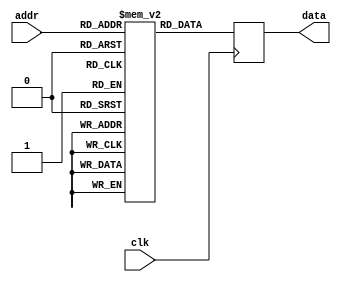
module sinTable(input clk, input [9:0] addr, output reg [15:0] data);
reg [15:0] mem [0:1023];
initial mem[0] = 16'h0;
initial mem[1] = 16'hc9;
initial mem[2] = 16'h192;
initial mem[3] = 16'h25b;
initial mem[4] = 16'h324;
initial mem[5] = 16'h3ed;
initial mem[6] = 16'h4b6;
initial mem[7] = 16'h57e;
initial mem[8] = 16'h647;
initial mem[9] = 16'h710;
initial mem[10] = 16'h7d9;
initial mem[11] = 16'h8a1;
initial mem[12] = 16'h96a;
initial mem[13] = 16'ha32;
initial mem[14] = 16'hafb;
initial mem[15] = 16'hbc3;
initial mem[16] = 16'hc8b;
initial mem[17] = 16'hd53;
initial mem[18] = 16'he1b;
initial mem[19] = 16'hee3;
initial mem[20] = 16'hfab;
initial mem[21] = 16'h1072;
initial mem[22] = 16'h1139;
initial mem[23] = 16'h1200;
initial mem[24] = 16'h12c7;
initial mem[25] = 16'h138e;
initial mem[26] = 16'h1455;
initial mem[27] = 16'h151b;
initial mem[28] = 16'h15e1;
initial mem[29] = 16'h16a7;
initial mem[30] = 16'h176d;
initial mem[31] = 16'h1833;
initial mem[32] = 16'h18f8;
initial mem[33] = 16'h19bd;
initial mem[34] = 16'h1a82;
initial mem[35] = 16'h1b46;
initial mem[36] = 16'h1c0b;
initial mem[37] = 16'h1ccf;
initial mem[38] = 16'h1d93;
initial mem[39] = 16'h1e56;
initial mem[40] = 16'h1f19;
initial mem[41] = 16'h1fdc;
initial mem[42] = 16'h209f;
initial mem[43] = 16'h2161;
initial mem[44] = 16'h2223;
initial mem[45] = 16'h22e4;
initial mem[46] = 16'h23a6;
initial mem[47] = 16'h2467;
initial mem[48] = 16'h2527;
initial mem[49] = 16'h25e7;
initial mem[50] = 16'h26a7;
initial mem[51] = 16'h2767;
initial mem[52] = 16'h2826;
initial mem[53] = 16'h28e5;
initial mem[54] = 16'h29a3;
initial mem[55] = 16'h2a61;
initial mem[56] = 16'h2b1e;
initial mem[57] = 16'h2bdb;
initial mem[58] = 16'h2c98;
initial mem[59] = 16'h2d54;
initial mem[60] = 16'h2e10;
initial mem[61] = 16'h2ecc;
initial mem[62] = 16'h2f86;
initial mem[63] = 16'h3041;
initial mem[64] = 16'h30fb;
initial mem[65] = 16'h31b4;
initial mem[66] = 16'h326d;
initial mem[67] = 16'h3326;
initial mem[68] = 16'h33de;
initial mem[69] = 16'h3496;
initial mem[70] = 16'h354d;
initial mem[71] = 16'h3603;
initial mem[72] = 16'h36b9;
initial mem[73] = 16'h376f;
initial mem[74] = 16'h3824;
initial mem[75] = 16'h38d8;
initial mem[76] = 16'h398c;
initial mem[77] = 16'h3a3f;
initial mem[78] = 16'h3af2;
initial mem[79] = 16'h3ba4;
initial mem[80] = 16'h3c56;
initial mem[81] = 16'h3d07;
initial mem[82] = 16'h3db7;
initial mem[83] = 16'h3e67;
initial mem[84] = 16'h3f16;
initial mem[85] = 16'h3fc5;
initial mem[86] = 16'h4073;
initial mem[87] = 16'h4120;
initial mem[88] = 16'h41cd;
initial mem[89] = 16'h4279;
initial mem[90] = 16'h4325;
initial mem[91] = 16'h43d0;
initial mem[92] = 16'h447a;
initial mem[93] = 16'h4523;
initial mem[94] = 16'h45cc;
initial mem[95] = 16'h4674;
initial mem[96] = 16'h471c;
initial mem[97] = 16'h47c3;
initial mem[98] = 16'h4869;
initial mem[99] = 16'h490e;
initial mem[100] = 16'h49b3;
initial mem[101] = 16'h4a57;
initial mem[102] = 16'h4afa;
initial mem[103] = 16'h4b9d;
initial mem[104] = 16'h4c3f;
initial mem[105] = 16'h4ce0;
initial mem[106] = 16'h4d80;
initial mem[107] = 16'h4e20;
initial mem[108] = 16'h4ebf;
initial mem[109] = 16'h4f5d;
initial mem[110] = 16'h4ffa;
initial mem[111] = 16'h5097;
initial mem[112] = 16'h5133;
initial mem[113] = 16'h51ce;
initial mem[114] = 16'h5268;
initial mem[115] = 16'h5301;
initial mem[116] = 16'h539a;
initial mem[117] = 16'h5432;
initial mem[118] = 16'h54c9;
initial mem[119] = 16'h555f;
initial mem[120] = 16'h55f4;
initial mem[121] = 16'h5689;
initial mem[122] = 16'h571d;
initial mem[123] = 16'h57b0;
initial mem[124] = 16'h5842;
initial mem[125] = 16'h58d3;
initial mem[126] = 16'h5963;
initial mem[127] = 16'h59f3;
initial mem[128] = 16'h5a81;
initial mem[129] = 16'h5b0f;
initial mem[130] = 16'h5b9c;
initial mem[131] = 16'h5c28;
initial mem[132] = 16'h5cb3;
initial mem[133] = 16'h5d3d;
initial mem[134] = 16'h5dc6;
initial mem[135] = 16'h5e4f;
initial mem[136] = 16'h5ed6;
initial mem[137] = 16'h5f5d;
initial mem[138] = 16'h5fe2;
initial mem[139] = 16'h6067;
initial mem[140] = 16'h60eb;
initial mem[141] = 16'h616e;
initial mem[142] = 16'h61f0;
initial mem[143] = 16'h6271;
initial mem[144] = 16'h62f1;
initial mem[145] = 16'h6370;
initial mem[146] = 16'h63ee;
initial mem[147] = 16'h646b;
initial mem[148] = 16'h64e7;
initial mem[149] = 16'h6562;
initial mem[150] = 16'h65dd;
initial mem[151] = 16'h6656;
initial mem[152] = 16'h66ce;
initial mem[153] = 16'h6745;
initial mem[154] = 16'h67bc;
initial mem[155] = 16'h6831;
initial mem[156] = 16'h68a5;
initial mem[157] = 16'h6919;
initial mem[158] = 16'h698b;
initial mem[159] = 16'h69fc;
initial mem[160] = 16'h6a6c;
initial mem[161] = 16'h6adb;
initial mem[162] = 16'h6b4a;
initial mem[163] = 16'h6bb7;
initial mem[164] = 16'h6c23;
initial mem[165] = 16'h6c8e;
initial mem[166] = 16'h6cf8;
initial mem[167] = 16'h6d61;
initial mem[168] = 16'h6dc9;
initial mem[169] = 16'h6e30;
initial mem[170] = 16'h6e95;
initial mem[171] = 16'h6efa;
initial mem[172] = 16'h6f5e;
initial mem[173] = 16'h6fc0;
initial mem[174] = 16'h7022;
initial mem[175] = 16'h7082;
initial mem[176] = 16'h70e1;
initial mem[177] = 16'h7140;
initial mem[178] = 16'h719d;
initial mem[179] = 16'h71f9;
initial mem[180] = 16'h7254;
initial mem[181] = 16'h72ae;
initial mem[182] = 16'h7306;
initial mem[183] = 16'h735e;
initial mem[184] = 16'h73b5;
initial mem[185] = 16'h740a;
initial mem[186] = 16'h745e;
initial mem[187] = 16'h74b1;
initial mem[188] = 16'h7503;
initial mem[189] = 16'h7554;
initial mem[190] = 16'h75a4;
initial mem[191] = 16'h75f3;
initial mem[192] = 16'h7640;
initial mem[193] = 16'h768d;
initial mem[194] = 16'h76d8;
initial mem[195] = 16'h7722;
initial mem[196] = 16'h776b;
initial mem[197] = 16'h77b3;
initial mem[198] = 16'h77f9;
initial mem[199] = 16'h783f;
initial mem[200] = 16'h7883;
initial mem[201] = 16'h78c6;
initial mem[202] = 16'h7908;
initial mem[203] = 16'h7949;
initial mem[204] = 16'h7989;
initial mem[205] = 16'h79c7;
initial mem[206] = 16'h7a04;
initial mem[207] = 16'h7a41;
initial mem[208] = 16'h7a7c;
initial mem[209] = 16'h7ab5;
initial mem[210] = 16'h7aee;
initial mem[211] = 16'h7b25;
initial mem[212] = 16'h7b5c;
initial mem[213] = 16'h7b91;
initial mem[214] = 16'h7bc4;
initial mem[215] = 16'h7bf7;
initial mem[216] = 16'h7c29;
initial mem[217] = 16'h7c59;
initial mem[218] = 16'h7c88;
initial mem[219] = 16'h7cb6;
initial mem[220] = 16'h7ce2;
initial mem[221] = 16'h7d0e;
initial mem[222] = 16'h7d38;
initial mem[223] = 16'h7d61;
initial mem[224] = 16'h7d89;
initial mem[225] = 16'h7db0;
initial mem[226] = 16'h7dd5;
initial mem[227] = 16'h7df9;
initial mem[228] = 16'h7e1c;
initial mem[229] = 16'h7e3e;
initial mem[230] = 16'h7e5e;
initial mem[231] = 16'h7e7e;
initial mem[232] = 16'h7e9c;
initial mem[233] = 16'h7eb9;
initial mem[234] = 16'h7ed4;
initial mem[235] = 16'h7eef;
initial mem[236] = 16'h7f08;
initial mem[237] = 16'h7f20;
initial mem[238] = 16'h7f37;
initial mem[239] = 16'h7f4c;
initial mem[240] = 16'h7f61;
initial mem[241] = 16'h7f74;
initial mem[242] = 16'h7f86;
initial mem[243] = 16'h7f96;
initial mem[244] = 16'h7fa6;
initial mem[245] = 16'h7fb4;
initial mem[246] = 16'h7fc1;
initial mem[247] = 16'h7fcd;
initial mem[248] = 16'h7fd7;
initial mem[249] = 16'h7fe0;
initial mem[250] = 16'h7fe8;
initial mem[251] = 16'h7fef;
initial mem[252] = 16'h7ff5;
initial mem[253] = 16'h7ff9;
initial mem[254] = 16'h7ffc;
initial mem[255] = 16'h7ffe;
initial mem[256] = 16'h7fff;
initial mem[257] = 16'h7ffe;
initial mem[258] = 16'h7ffc;
initial mem[259] = 16'h7ff9;
initial mem[260] = 16'h7ff5;
initial mem[261] = 16'h7fef;
initial mem[262] = 16'h7fe8;
initial mem[263] = 16'h7fe0;
initial mem[264] = 16'h7fd7;
initial mem[265] = 16'h7fcd;
initial mem[266] = 16'h7fc1;
initial mem[267] = 16'h7fb4;
initial mem[268] = 16'h7fa6;
initial mem[269] = 16'h7f96;
initial mem[270] = 16'h7f86;
initial mem[271] = 16'h7f74;
initial mem[272] = 16'h7f61;
initial mem[273] = 16'h7f4c;
initial mem[274] = 16'h7f37;
initial mem[275] = 16'h7f20;
initial mem[276] = 16'h7f08;
initial mem[277] = 16'h7eef;
initial mem[278] = 16'h7ed4;
initial mem[279] = 16'h7eb9;
initial mem[280] = 16'h7e9c;
initial mem[281] = 16'h7e7e;
initial mem[282] = 16'h7e5e;
initial mem[283] = 16'h7e3e;
initial mem[284] = 16'h7e1c;
initial mem[285] = 16'h7df9;
initial mem[286] = 16'h7dd5;
initial mem[287] = 16'h7db0;
initial mem[288] = 16'h7d89;
initial mem[289] = 16'h7d61;
initial mem[290] = 16'h7d38;
initial mem[291] = 16'h7d0e;
initial mem[292] = 16'h7ce2;
initial mem[293] = 16'h7cb6;
initial mem[294] = 16'h7c88;
initial mem[295] = 16'h7c59;
initial mem[296] = 16'h7c29;
initial mem[297] = 16'h7bf7;
initial mem[298] = 16'h7bc4;
initial mem[299] = 16'h7b91;
initial mem[300] = 16'h7b5c;
initial mem[301] = 16'h7b25;
initial mem[302] = 16'h7aee;
initial mem[303] = 16'h7ab5;
initial mem[304] = 16'h7a7c;
initial mem[305] = 16'h7a41;
initial mem[306] = 16'h7a04;
initial mem[307] = 16'h79c7;
initial mem[308] = 16'h7989;
initial mem[309] = 16'h7949;
initial mem[310] = 16'h7908;
initial mem[311] = 16'h78c6;
initial mem[312] = 16'h7883;
initial mem[313] = 16'h783f;
initial mem[314] = 16'h77f9;
initial mem[315] = 16'h77b3;
initial mem[316] = 16'h776b;
initial mem[317] = 16'h7722;
initial mem[318] = 16'h76d8;
initial mem[319] = 16'h768d;
initial mem[320] = 16'h7640;
initial mem[321] = 16'h75f3;
initial mem[322] = 16'h75a4;
initial mem[323] = 16'h7554;
initial mem[324] = 16'h7503;
initial mem[325] = 16'h74b1;
initial mem[326] = 16'h745e;
initial mem[327] = 16'h740a;
initial mem[328] = 16'h73b5;
initial mem[329] = 16'h735e;
initial mem[330] = 16'h7306;
initial mem[331] = 16'h72ae;
initial mem[332] = 16'h7254;
initial mem[333] = 16'h71f9;
initial mem[334] = 16'h719d;
initial mem[335] = 16'h7140;
initial mem[336] = 16'h70e1;
initial mem[337] = 16'h7082;
initial mem[338] = 16'h7022;
initial mem[339] = 16'h6fc0;
initial mem[340] = 16'h6f5e;
initial mem[341] = 16'h6efa;
initial mem[342] = 16'h6e95;
initial mem[343] = 16'h6e30;
initial mem[344] = 16'h6dc9;
initial mem[345] = 16'h6d61;
initial mem[346] = 16'h6cf8;
initial mem[347] = 16'h6c8e;
initial mem[348] = 16'h6c23;
initial mem[349] = 16'h6bb7;
initial mem[350] = 16'h6b4a;
initial mem[351] = 16'h6adb;
initial mem[352] = 16'h6a6c;
initial mem[353] = 16'h69fc;
initial mem[354] = 16'h698b;
initial mem[355] = 16'h6919;
initial mem[356] = 16'h68a5;
initial mem[357] = 16'h6831;
initial mem[358] = 16'h67bc;
initial mem[359] = 16'h6745;
initial mem[360] = 16'h66ce;
initial mem[361] = 16'h6656;
initial mem[362] = 16'h65dd;
initial mem[363] = 16'h6562;
initial mem[364] = 16'h64e7;
initial mem[365] = 16'h646b;
initial mem[366] = 16'h63ee;
initial mem[367] = 16'h6370;
initial mem[368] = 16'h62f1;
initial mem[369] = 16'h6271;
initial mem[370] = 16'h61f0;
initial mem[371] = 16'h616e;
initial mem[372] = 16'h60eb;
initial mem[373] = 16'h6067;
initial mem[374] = 16'h5fe2;
initial mem[375] = 16'h5f5d;
initial mem[376] = 16'h5ed6;
initial mem[377] = 16'h5e4f;
initial mem[378] = 16'h5dc6;
initial mem[379] = 16'h5d3d;
initial mem[380] = 16'h5cb3;
initial mem[381] = 16'h5c28;
initial mem[382] = 16'h5b9c;
initial mem[383] = 16'h5b0f;
initial mem[384] = 16'h5a81;
initial mem[385] = 16'h59f3;
initial mem[386] = 16'h5963;
initial mem[387] = 16'h58d3;
initial mem[388] = 16'h5842;
initial mem[389] = 16'h57b0;
initial mem[390] = 16'h571d;
initial mem[391] = 16'h5689;
initial mem[392] = 16'h55f4;
initial mem[393] = 16'h555f;
initial mem[394] = 16'h54c9;
initial mem[395] = 16'h5432;
initial mem[396] = 16'h539a;
initial mem[397] = 16'h5301;
initial mem[398] = 16'h5268;
initial mem[399] = 16'h51ce;
initial mem[400] = 16'h5133;
initial mem[401] = 16'h5097;
initial mem[402] = 16'h4ffa;
initial mem[403] = 16'h4f5d;
initial mem[404] = 16'h4ebf;
initial mem[405] = 16'h4e20;
initial mem[406] = 16'h4d80;
initial mem[407] = 16'h4ce0;
initial mem[408] = 16'h4c3f;
initial mem[409] = 16'h4b9d;
initial mem[410] = 16'h4afa;
initial mem[411] = 16'h4a57;
initial mem[412] = 16'h49b3;
initial mem[413] = 16'h490e;
initial mem[414] = 16'h4869;
initial mem[415] = 16'h47c3;
initial mem[416] = 16'h471c;
initial mem[417] = 16'h4674;
initial mem[418] = 16'h45cc;
initial mem[419] = 16'h4523;
initial mem[420] = 16'h447a;
initial mem[421] = 16'h43d0;
initial mem[422] = 16'h4325;
initial mem[423] = 16'h4279;
initial mem[424] = 16'h41cd;
initial mem[425] = 16'h4120;
initial mem[426] = 16'h4073;
initial mem[427] = 16'h3fc5;
initial mem[428] = 16'h3f16;
initial mem[429] = 16'h3e67;
initial mem[430] = 16'h3db7;
initial mem[431] = 16'h3d07;
initial mem[432] = 16'h3c56;
initial mem[433] = 16'h3ba4;
initial mem[434] = 16'h3af2;
initial mem[435] = 16'h3a3f;
initial mem[436] = 16'h398c;
initial mem[437] = 16'h38d8;
initial mem[438] = 16'h3824;
initial mem[439] = 16'h376f;
initial mem[440] = 16'h36b9;
initial mem[441] = 16'h3603;
initial mem[442] = 16'h354d;
initial mem[443] = 16'h3496;
initial mem[444] = 16'h33de;
initial mem[445] = 16'h3326;
initial mem[446] = 16'h326d;
initial mem[447] = 16'h31b4;
initial mem[448] = 16'h30fb;
initial mem[449] = 16'h3041;
initial mem[450] = 16'h2f86;
initial mem[451] = 16'h2ecc;
initial mem[452] = 16'h2e10;
initial mem[453] = 16'h2d54;
initial mem[454] = 16'h2c98;
initial mem[455] = 16'h2bdb;
initial mem[456] = 16'h2b1e;
initial mem[457] = 16'h2a61;
initial mem[458] = 16'h29a3;
initial mem[459] = 16'h28e5;
initial mem[460] = 16'h2826;
initial mem[461] = 16'h2767;
initial mem[462] = 16'h26a7;
initial mem[463] = 16'h25e7;
initial mem[464] = 16'h2527;
initial mem[465] = 16'h2467;
initial mem[466] = 16'h23a6;
initial mem[467] = 16'h22e4;
initial mem[468] = 16'h2223;
initial mem[469] = 16'h2161;
initial mem[470] = 16'h209f;
initial mem[471] = 16'h1fdc;
initial mem[472] = 16'h1f19;
initial mem[473] = 16'h1e56;
initial mem[474] = 16'h1d93;
initial mem[475] = 16'h1ccf;
initial mem[476] = 16'h1c0b;
initial mem[477] = 16'h1b46;
initial mem[478] = 16'h1a82;
initial mem[479] = 16'h19bd;
initial mem[480] = 16'h18f8;
initial mem[481] = 16'h1833;
initial mem[482] = 16'h176d;
initial mem[483] = 16'h16a7;
initial mem[484] = 16'h15e1;
initial mem[485] = 16'h151b;
initial mem[486] = 16'h1455;
initial mem[487] = 16'h138e;
initial mem[488] = 16'h12c7;
initial mem[489] = 16'h1200;
initial mem[490] = 16'h1139;
initial mem[491] = 16'h1072;
initial mem[492] = 16'hfab;
initial mem[493] = 16'hee3;
initial mem[494] = 16'he1b;
initial mem[495] = 16'hd53;
initial mem[496] = 16'hc8b;
initial mem[497] = 16'hbc3;
initial mem[498] = 16'hafb;
initial mem[499] = 16'ha32;
initial mem[500] = 16'h96a;
initial mem[501] = 16'h8a1;
initial mem[502] = 16'h7d9;
initial mem[503] = 16'h710;
initial mem[504] = 16'h647;
initial mem[505] = 16'h57e;
initial mem[506] = 16'h4b6;
initial mem[507] = 16'h3ed;
initial mem[508] = 16'h324;
initial mem[509] = 16'h25b;
initial mem[510] = 16'h192;
initial mem[511] = 16'hc9;
initial mem[512] = 16'h0;
initial mem[513] = 16'hff37;
initial mem[514] = 16'hfe6e;
initial mem[515] = 16'hfda5;
initial mem[516] = 16'hfcdc;
initial mem[517] = 16'hfc13;
initial mem[518] = 16'hfb4a;
initial mem[519] = 16'hfa82;
initial mem[520] = 16'hf9b9;
initial mem[521] = 16'hf8f0;
initial mem[522] = 16'hf827;
initial mem[523] = 16'hf75f;
initial mem[524] = 16'hf696;
initial mem[525] = 16'hf5ce;
initial mem[526] = 16'hf505;
initial mem[527] = 16'hf43d;
initial mem[528] = 16'hf375;
initial mem[529] = 16'hf2ad;
initial mem[530] = 16'hf1e5;
initial mem[531] = 16'hf11d;
initial mem[532] = 16'hf055;
initial mem[533] = 16'hef8e;
initial mem[534] = 16'heec7;
initial mem[535] = 16'hee00;
initial mem[536] = 16'hed39;
initial mem[537] = 16'hec72;
initial mem[538] = 16'hebab;
initial mem[539] = 16'heae5;
initial mem[540] = 16'hea1f;
initial mem[541] = 16'he959;
initial mem[542] = 16'he893;
initial mem[543] = 16'he7cd;
initial mem[544] = 16'he708;
initial mem[545] = 16'he643;
initial mem[546] = 16'he57e;
initial mem[547] = 16'he4ba;
initial mem[548] = 16'he3f5;
initial mem[549] = 16'he331;
initial mem[550] = 16'he26d;
initial mem[551] = 16'he1aa;
initial mem[552] = 16'he0e7;
initial mem[553] = 16'he024;
initial mem[554] = 16'hdf61;
initial mem[555] = 16'hde9f;
initial mem[556] = 16'hdddd;
initial mem[557] = 16'hdd1c;
initial mem[558] = 16'hdc5a;
initial mem[559] = 16'hdb99;
initial mem[560] = 16'hdad9;
initial mem[561] = 16'hda19;
initial mem[562] = 16'hd959;
initial mem[563] = 16'hd899;
initial mem[564] = 16'hd7da;
initial mem[565] = 16'hd71b;
initial mem[566] = 16'hd65d;
initial mem[567] = 16'hd59f;
initial mem[568] = 16'hd4e2;
initial mem[569] = 16'hd425;
initial mem[570] = 16'hd368;
initial mem[571] = 16'hd2ac;
initial mem[572] = 16'hd1f0;
initial mem[573] = 16'hd134;
initial mem[574] = 16'hd07a;
initial mem[575] = 16'hcfbf;
initial mem[576] = 16'hcf05;
initial mem[577] = 16'hce4c;
initial mem[578] = 16'hcd93;
initial mem[579] = 16'hccda;
initial mem[580] = 16'hcc22;
initial mem[581] = 16'hcb6a;
initial mem[582] = 16'hcab3;
initial mem[583] = 16'hc9fd;
initial mem[584] = 16'hc947;
initial mem[585] = 16'hc891;
initial mem[586] = 16'hc7dc;
initial mem[587] = 16'hc728;
initial mem[588] = 16'hc674;
initial mem[589] = 16'hc5c1;
initial mem[590] = 16'hc50e;
initial mem[591] = 16'hc45c;
initial mem[592] = 16'hc3aa;
initial mem[593] = 16'hc2f9;
initial mem[594] = 16'hc249;
initial mem[595] = 16'hc199;
initial mem[596] = 16'hc0ea;
initial mem[597] = 16'hc03b;
initial mem[598] = 16'hbf8d;
initial mem[599] = 16'hbee0;
initial mem[600] = 16'hbe33;
initial mem[601] = 16'hbd87;
initial mem[602] = 16'hbcdb;
initial mem[603] = 16'hbc30;
initial mem[604] = 16'hbb86;
initial mem[605] = 16'hbadd;
initial mem[606] = 16'hba34;
initial mem[607] = 16'hb98c;
initial mem[608] = 16'hb8e4;
initial mem[609] = 16'hb83d;
initial mem[610] = 16'hb797;
initial mem[611] = 16'hb6f2;
initial mem[612] = 16'hb64d;
initial mem[613] = 16'hb5a9;
initial mem[614] = 16'hb506;
initial mem[615] = 16'hb463;
initial mem[616] = 16'hb3c1;
initial mem[617] = 16'hb320;
initial mem[618] = 16'hb280;
initial mem[619] = 16'hb1e0;
initial mem[620] = 16'hb141;
initial mem[621] = 16'hb0a3;
initial mem[622] = 16'hb006;
initial mem[623] = 16'haf69;
initial mem[624] = 16'haecd;
initial mem[625] = 16'hae32;
initial mem[626] = 16'had98;
initial mem[627] = 16'hacff;
initial mem[628] = 16'hac66;
initial mem[629] = 16'habce;
initial mem[630] = 16'hab37;
initial mem[631] = 16'haaa1;
initial mem[632] = 16'haa0c;
initial mem[633] = 16'ha977;
initial mem[634] = 16'ha8e3;
initial mem[635] = 16'ha850;
initial mem[636] = 16'ha7be;
initial mem[637] = 16'ha72d;
initial mem[638] = 16'ha69d;
initial mem[639] = 16'ha60d;
initial mem[640] = 16'ha57f;
initial mem[641] = 16'ha4f1;
initial mem[642] = 16'ha464;
initial mem[643] = 16'ha3d8;
initial mem[644] = 16'ha34d;
initial mem[645] = 16'ha2c3;
initial mem[646] = 16'ha23a;
initial mem[647] = 16'ha1b1;
initial mem[648] = 16'ha12a;
initial mem[649] = 16'ha0a3;
initial mem[650] = 16'ha01e;
initial mem[651] = 16'h9f99;
initial mem[652] = 16'h9f15;
initial mem[653] = 16'h9e92;
initial mem[654] = 16'h9e10;
initial mem[655] = 16'h9d8f;
initial mem[656] = 16'h9d0f;
initial mem[657] = 16'h9c90;
initial mem[658] = 16'h9c12;
initial mem[659] = 16'h9b95;
initial mem[660] = 16'h9b19;
initial mem[661] = 16'h9a9e;
initial mem[662] = 16'h9a23;
initial mem[663] = 16'h99aa;
initial mem[664] = 16'h9932;
initial mem[665] = 16'h98bb;
initial mem[666] = 16'h9844;
initial mem[667] = 16'h97cf;
initial mem[668] = 16'h975b;
initial mem[669] = 16'h96e7;
initial mem[670] = 16'h9675;
initial mem[671] = 16'h9604;
initial mem[672] = 16'h9594;
initial mem[673] = 16'h9525;
initial mem[674] = 16'h94b6;
initial mem[675] = 16'h9449;
initial mem[676] = 16'h93dd;
initial mem[677] = 16'h9372;
initial mem[678] = 16'h9308;
initial mem[679] = 16'h929f;
initial mem[680] = 16'h9237;
initial mem[681] = 16'h91d0;
initial mem[682] = 16'h916b;
initial mem[683] = 16'h9106;
initial mem[684] = 16'h90a2;
initial mem[685] = 16'h9040;
initial mem[686] = 16'h8fde;
initial mem[687] = 16'h8f7e;
initial mem[688] = 16'h8f1f;
initial mem[689] = 16'h8ec0;
initial mem[690] = 16'h8e63;
initial mem[691] = 16'h8e07;
initial mem[692] = 16'h8dac;
initial mem[693] = 16'h8d52;
initial mem[694] = 16'h8cfa;
initial mem[695] = 16'h8ca2;
initial mem[696] = 16'h8c4b;
initial mem[697] = 16'h8bf6;
initial mem[698] = 16'h8ba2;
initial mem[699] = 16'h8b4f;
initial mem[700] = 16'h8afd;
initial mem[701] = 16'h8aac;
initial mem[702] = 16'h8a5c;
initial mem[703] = 16'h8a0d;
initial mem[704] = 16'h89c0;
initial mem[705] = 16'h8973;
initial mem[706] = 16'h8928;
initial mem[707] = 16'h88de;
initial mem[708] = 16'h8895;
initial mem[709] = 16'h884d;
initial mem[710] = 16'h8807;
initial mem[711] = 16'h87c1;
initial mem[712] = 16'h877d;
initial mem[713] = 16'h873a;
initial mem[714] = 16'h86f8;
initial mem[715] = 16'h86b7;
initial mem[716] = 16'h8677;
initial mem[717] = 16'h8639;
initial mem[718] = 16'h85fc;
initial mem[719] = 16'h85bf;
initial mem[720] = 16'h8584;
initial mem[721] = 16'h854b;
initial mem[722] = 16'h8512;
initial mem[723] = 16'h84db;
initial mem[724] = 16'h84a4;
initial mem[725] = 16'h846f;
initial mem[726] = 16'h843c;
initial mem[727] = 16'h8409;
initial mem[728] = 16'h83d7;
initial mem[729] = 16'h83a7;
initial mem[730] = 16'h8378;
initial mem[731] = 16'h834a;
initial mem[732] = 16'h831e;
initial mem[733] = 16'h82f2;
initial mem[734] = 16'h82c8;
initial mem[735] = 16'h829f;
initial mem[736] = 16'h8277;
initial mem[737] = 16'h8250;
initial mem[738] = 16'h822b;
initial mem[739] = 16'h8207;
initial mem[740] = 16'h81e4;
initial mem[741] = 16'h81c2;
initial mem[742] = 16'h81a2;
initial mem[743] = 16'h8182;
initial mem[744] = 16'h8164;
initial mem[745] = 16'h8147;
initial mem[746] = 16'h812c;
initial mem[747] = 16'h8111;
initial mem[748] = 16'h80f8;
initial mem[749] = 16'h80e0;
initial mem[750] = 16'h80c9;
initial mem[751] = 16'h80b4;
initial mem[752] = 16'h809f;
initial mem[753] = 16'h808c;
initial mem[754] = 16'h807a;
initial mem[755] = 16'h806a;
initial mem[756] = 16'h805a;
initial mem[757] = 16'h804c;
initial mem[758] = 16'h803f;
initial mem[759] = 16'h8033;
initial mem[760] = 16'h8029;
initial mem[761] = 16'h8020;
initial mem[762] = 16'h8018;
initial mem[763] = 16'h8011;
initial mem[764] = 16'h800b;
initial mem[765] = 16'h8007;
initial mem[766] = 16'h8004;
initial mem[767] = 16'h8002;
initial mem[768] = 16'h8001;
initial mem[769] = 16'h8002;
initial mem[770] = 16'h8004;
initial mem[771] = 16'h8007;
initial mem[772] = 16'h800b;
initial mem[773] = 16'h8011;
initial mem[774] = 16'h8018;
initial mem[775] = 16'h8020;
initial mem[776] = 16'h8029;
initial mem[777] = 16'h8033;
initial mem[778] = 16'h803f;
initial mem[779] = 16'h804c;
initial mem[780] = 16'h805a;
initial mem[781] = 16'h806a;
initial mem[782] = 16'h807a;
initial mem[783] = 16'h808c;
initial mem[784] = 16'h809f;
initial mem[785] = 16'h80b4;
initial mem[786] = 16'h80c9;
initial mem[787] = 16'h80e0;
initial mem[788] = 16'h80f8;
initial mem[789] = 16'h8111;
initial mem[790] = 16'h812c;
initial mem[791] = 16'h8147;
initial mem[792] = 16'h8164;
initial mem[793] = 16'h8182;
initial mem[794] = 16'h81a2;
initial mem[795] = 16'h81c2;
initial mem[796] = 16'h81e4;
initial mem[797] = 16'h8207;
initial mem[798] = 16'h822b;
initial mem[799] = 16'h8250;
initial mem[800] = 16'h8277;
initial mem[801] = 16'h829f;
initial mem[802] = 16'h82c8;
initial mem[803] = 16'h82f2;
initial mem[804] = 16'h831e;
initial mem[805] = 16'h834a;
initial mem[806] = 16'h8378;
initial mem[807] = 16'h83a7;
initial mem[808] = 16'h83d7;
initial mem[809] = 16'h8409;
initial mem[810] = 16'h843c;
initial mem[811] = 16'h846f;
initial mem[812] = 16'h84a4;
initial mem[813] = 16'h84db;
initial mem[814] = 16'h8512;
initial mem[815] = 16'h854b;
initial mem[816] = 16'h8584;
initial mem[817] = 16'h85bf;
initial mem[818] = 16'h85fc;
initial mem[819] = 16'h8639;
initial mem[820] = 16'h8677;
initial mem[821] = 16'h86b7;
initial mem[822] = 16'h86f8;
initial mem[823] = 16'h873a;
initial mem[824] = 16'h877d;
initial mem[825] = 16'h87c1;
initial mem[826] = 16'h8807;
initial mem[827] = 16'h884d;
initial mem[828] = 16'h8895;
initial mem[829] = 16'h88de;
initial mem[830] = 16'h8928;
initial mem[831] = 16'h8973;
initial mem[832] = 16'h89c0;
initial mem[833] = 16'h8a0d;
initial mem[834] = 16'h8a5c;
initial mem[835] = 16'h8aac;
initial mem[836] = 16'h8afd;
initial mem[837] = 16'h8b4f;
initial mem[838] = 16'h8ba2;
initial mem[839] = 16'h8bf6;
initial mem[840] = 16'h8c4b;
initial mem[841] = 16'h8ca2;
initial mem[842] = 16'h8cfa;
initial mem[843] = 16'h8d52;
initial mem[844] = 16'h8dac;
initial mem[845] = 16'h8e07;
initial mem[846] = 16'h8e63;
initial mem[847] = 16'h8ec0;
initial mem[848] = 16'h8f1f;
initial mem[849] = 16'h8f7e;
initial mem[850] = 16'h8fde;
initial mem[851] = 16'h9040;
initial mem[852] = 16'h90a2;
initial mem[853] = 16'h9106;
initial mem[854] = 16'h916b;
initial mem[855] = 16'h91d0;
initial mem[856] = 16'h9237;
initial mem[857] = 16'h929f;
initial mem[858] = 16'h9308;
initial mem[859] = 16'h9372;
initial mem[860] = 16'h93dd;
initial mem[861] = 16'h9449;
initial mem[862] = 16'h94b6;
initial mem[863] = 16'h9525;
initial mem[864] = 16'h9594;
initial mem[865] = 16'h9604;
initial mem[866] = 16'h9675;
initial mem[867] = 16'h96e7;
initial mem[868] = 16'h975b;
initial mem[869] = 16'h97cf;
initial mem[870] = 16'h9844;
initial mem[871] = 16'h98bb;
initial mem[872] = 16'h9932;
initial mem[873] = 16'h99aa;
initial mem[874] = 16'h9a23;
initial mem[875] = 16'h9a9e;
initial mem[876] = 16'h9b19;
initial mem[877] = 16'h9b95;
initial mem[878] = 16'h9c12;
initial mem[879] = 16'h9c90;
initial mem[880] = 16'h9d0f;
initial mem[881] = 16'h9d8f;
initial mem[882] = 16'h9e10;
initial mem[883] = 16'h9e92;
initial mem[884] = 16'h9f15;
initial mem[885] = 16'h9f99;
initial mem[886] = 16'ha01e;
initial mem[887] = 16'ha0a3;
initial mem[888] = 16'ha12a;
initial mem[889] = 16'ha1b1;
initial mem[890] = 16'ha23a;
initial mem[891] = 16'ha2c3;
initial mem[892] = 16'ha34d;
initial mem[893] = 16'ha3d8;
initial mem[894] = 16'ha464;
initial mem[895] = 16'ha4f1;
initial mem[896] = 16'ha57f;
initial mem[897] = 16'ha60d;
initial mem[898] = 16'ha69d;
initial mem[899] = 16'ha72d;
initial mem[900] = 16'ha7be;
initial mem[901] = 16'ha850;
initial mem[902] = 16'ha8e3;
initial mem[903] = 16'ha977;
initial mem[904] = 16'haa0c;
initial mem[905] = 16'haaa1;
initial mem[906] = 16'hab37;
initial mem[907] = 16'habce;
initial mem[908] = 16'hac66;
initial mem[909] = 16'hacff;
initial mem[910] = 16'had98;
initial mem[911] = 16'hae32;
initial mem[912] = 16'haecd;
initial mem[913] = 16'haf69;
initial mem[914] = 16'hb006;
initial mem[915] = 16'hb0a3;
initial mem[916] = 16'hb141;
initial mem[917] = 16'hb1e0;
initial mem[918] = 16'hb280;
initial mem[919] = 16'hb320;
initial mem[920] = 16'hb3c1;
initial mem[921] = 16'hb463;
initial mem[922] = 16'hb506;
initial mem[923] = 16'hb5a9;
initial mem[924] = 16'hb64d;
initial mem[925] = 16'hb6f2;
initial mem[926] = 16'hb797;
initial mem[927] = 16'hb83d;
initial mem[928] = 16'hb8e4;
initial mem[929] = 16'hb98c;
initial mem[930] = 16'hba34;
initial mem[931] = 16'hbadd;
initial mem[932] = 16'hbb86;
initial mem[933] = 16'hbc30;
initial mem[934] = 16'hbcdb;
initial mem[935] = 16'hbd87;
initial mem[936] = 16'hbe33;
initial mem[937] = 16'hbee0;
initial mem[938] = 16'hbf8d;
initial mem[939] = 16'hc03b;
initial mem[940] = 16'hc0ea;
initial mem[941] = 16'hc199;
initial mem[942] = 16'hc249;
initial mem[943] = 16'hc2f9;
initial mem[944] = 16'hc3aa;
initial mem[945] = 16'hc45c;
initial mem[946] = 16'hc50e;
initial mem[947] = 16'hc5c1;
initial mem[948] = 16'hc674;
initial mem[949] = 16'hc728;
initial mem[950] = 16'hc7dc;
initial mem[951] = 16'hc891;
initial mem[952] = 16'hc947;
initial mem[953] = 16'hc9fd;
initial mem[954] = 16'hcab3;
initial mem[955] = 16'hcb6a;
initial mem[956] = 16'hcc22;
initial mem[957] = 16'hccda;
initial mem[958] = 16'hcd93;
initial mem[959] = 16'hce4c;
initial mem[960] = 16'hcf05;
initial mem[961] = 16'hcfbf;
initial mem[962] = 16'hd07a;
initial mem[963] = 16'hd134;
initial mem[964] = 16'hd1f0;
initial mem[965] = 16'hd2ac;
initial mem[966] = 16'hd368;
initial mem[967] = 16'hd425;
initial mem[968] = 16'hd4e2;
initial mem[969] = 16'hd59f;
initial mem[970] = 16'hd65d;
initial mem[971] = 16'hd71b;
initial mem[972] = 16'hd7da;
initial mem[973] = 16'hd899;
initial mem[974] = 16'hd959;
initial mem[975] = 16'hda19;
initial mem[976] = 16'hdad9;
initial mem[977] = 16'hdb99;
initial mem[978] = 16'hdc5a;
initial mem[979] = 16'hdd1c;
initial mem[980] = 16'hdddd;
initial mem[981] = 16'hde9f;
initial mem[982] = 16'hdf61;
initial mem[983] = 16'he024;
initial mem[984] = 16'he0e7;
initial mem[985] = 16'he1aa;
initial mem[986] = 16'he26d;
initial mem[987] = 16'he331;
initial mem[988] = 16'he3f5;
initial mem[989] = 16'he4ba;
initial mem[990] = 16'he57e;
initial mem[991] = 16'he643;
initial mem[992] = 16'he708;
initial mem[993] = 16'he7cd;
initial mem[994] = 16'he893;
initial mem[995] = 16'he959;
initial mem[996] = 16'hea1f;
initial mem[997] = 16'heae5;
initial mem[998] = 16'hebab;
initial mem[999] = 16'hec72;
initial mem[1000] = 16'hed39;
initial mem[1001] = 16'hee00;
initial mem[1002] = 16'heec7;
initial mem[1003] = 16'hef8e;
initial mem[1004] = 16'hf055;
initial mem[1005] = 16'hf11d;
initial mem[1006] = 16'hf1e5;
initial mem[1007] = 16'hf2ad;
initial mem[1008] = 16'hf375;
initial mem[1009] = 16'hf43d;
initial mem[1010] = 16'hf505;
initial mem[1011] = 16'hf5ce;
initial mem[1012] = 16'hf696;
initial mem[1013] = 16'hf75f;
initial mem[1014] = 16'hf827;
initial mem[1015] = 16'hf8f0;
initial mem[1016] = 16'hf9b9;
initial mem[1017] = 16'hfa82;
initial mem[1018] = 16'hfb4a;
initial mem[1019] = 16'hfc13;
initial mem[1020] = 16'hfcdc;
initial mem[1021] = 16'hfda5;
initial mem[1022] = 16'hfe6e;
initial mem[1023] = 16'hff37;
always @(posedge clk) begin
	data <= mem[addr];
end
endmodule